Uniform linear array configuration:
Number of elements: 32
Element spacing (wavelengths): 0.75
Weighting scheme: hann
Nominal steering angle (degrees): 30
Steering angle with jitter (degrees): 29.428
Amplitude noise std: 0.05
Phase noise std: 0.05

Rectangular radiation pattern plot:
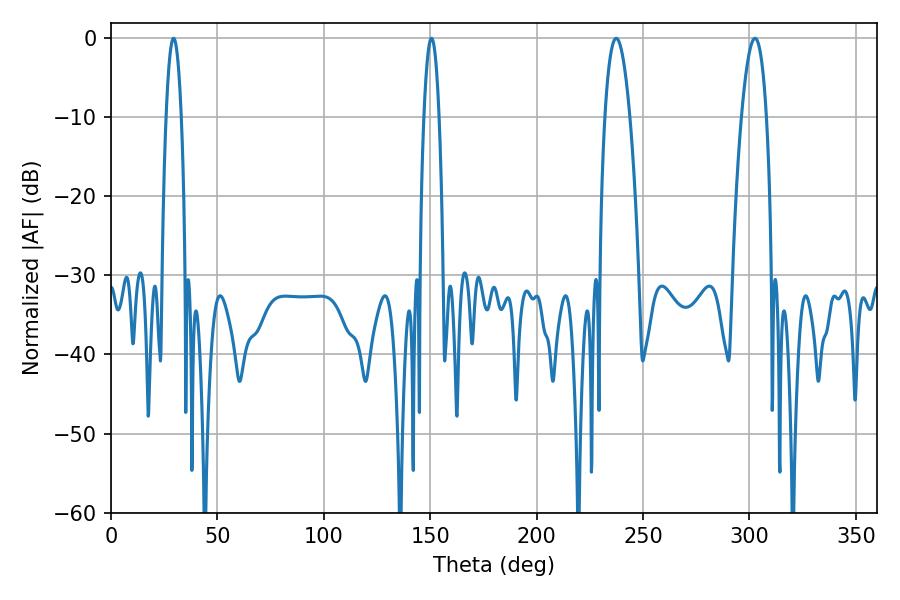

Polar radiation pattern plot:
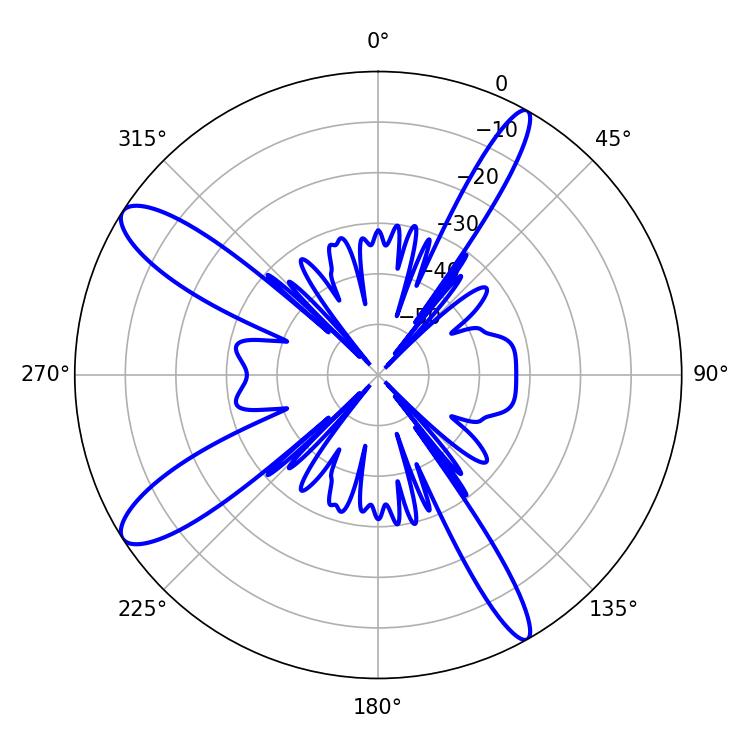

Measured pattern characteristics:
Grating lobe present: TRUE
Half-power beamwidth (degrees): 6.48
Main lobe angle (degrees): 237.42